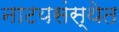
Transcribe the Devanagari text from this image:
नाटयसंस्थेत